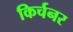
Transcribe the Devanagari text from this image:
किर्चनर